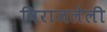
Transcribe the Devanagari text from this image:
विराजलेली